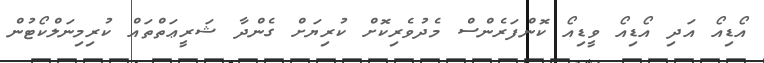
އޯޑިއޯ އަދި އޯޑިއޯ ވީޑިއޯ ކޮންފަރެންސް މެދުވެރިކޮށް ކުރިޔަށް ގެންދާ ޝަރީޢަތްތައް ކުރިމިނަލްކޯޓުން